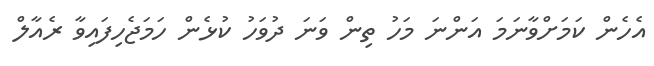
އެހެން ކަމަށްވާނަމަ އަންނަ މަހު ތިން ވަނަ ދުވަހު ކުޅެން ހަމަޖެހިފައިވާ ރެއާލް